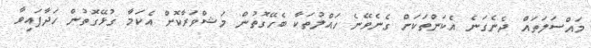
މައްސަލަތައް ދެނެގަނެ އެކަންތަކަށް ގެނެވޭނެ ހައްލުތަކާ ބެހޭގޮތުން މަޝްވަރާކޮށް އެކަމާ ގުޅޭގޮތުން ހަދާފައިވާ